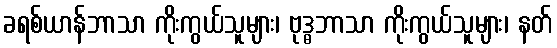
ခရစ်ယာန်ဘာသာ ကိုးကွယ်သူများ၊ ဗုဒ္ဓဘာသာ ကိုးကွယ်သူများ၊ နတ်